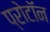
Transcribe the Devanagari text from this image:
प्रोटाॅन